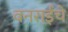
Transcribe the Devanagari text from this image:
वनराईचे